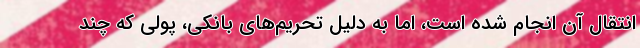
انتقال آن انجام شده است، اما به دلیل تحریم‌های بانکی، پولی که چند